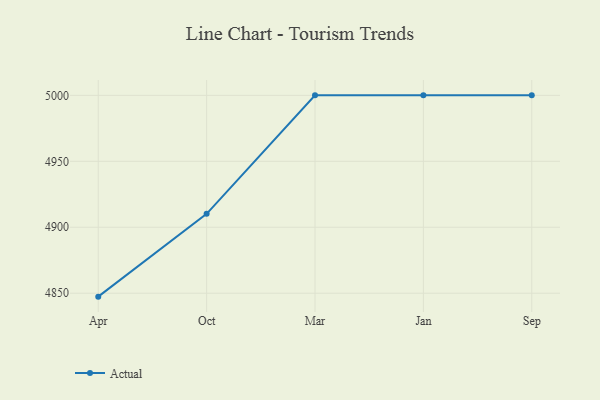
{"axis": {"x": "Month", "y": "Demand Index"}, "legend": ["Actual"], "data": [{"x": "Apr", "y": 4847.4, "type": "Actual"}, {"x": "Oct", "y": 4910.2, "type": "Actual"}, {"x": "Mar", "y": 5000, "type": "Actual"}, {"x": "Jan", "y": 5000, "type": "Actual"}, {"x": "Sep", "y": 5000, "type": "Actual"}]}